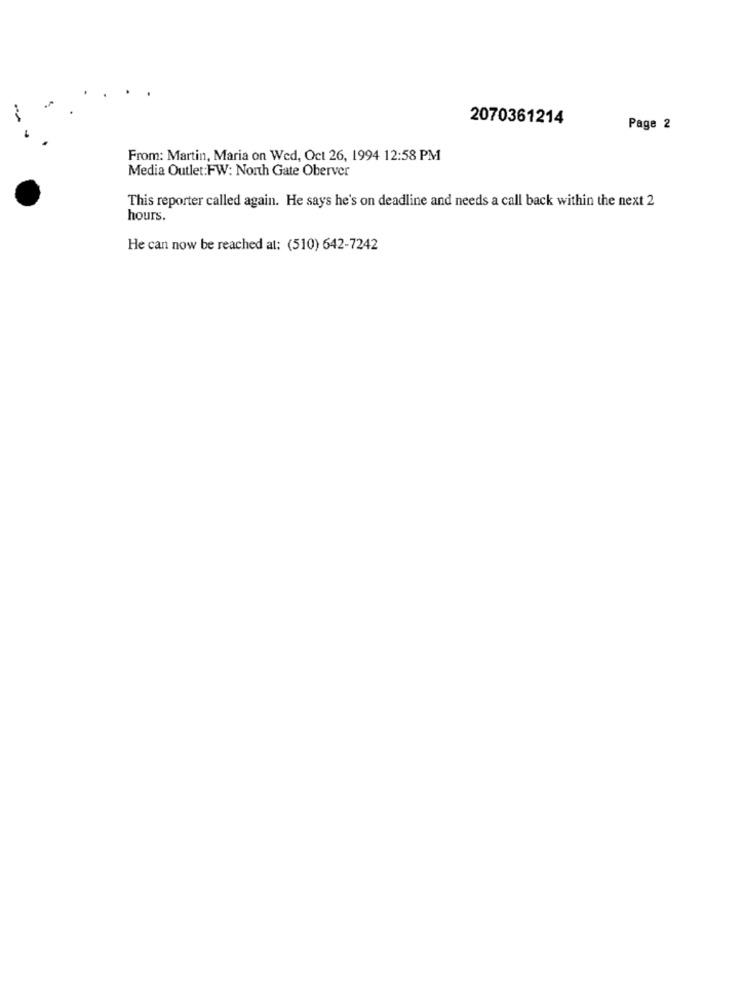
2070361214
Page 2
From: Martin, Maria on Wed, Oct 26, 1994 12:58 PM
Media Outlet:FW: North Gate Oberver
This reporter called again. He says he's on deadline and needs a call back within the next 2
hours.
He can now be reached at: (510) 642-7242